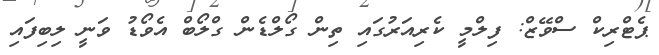
ޕެޓްރިކް ސްވޭޒް: ފިލްމީ ކެރިއަރުގައި ތިން ގޯލްޑެން ގްލޯބް އެވޯޑު ވަނީ ލިބިފައި